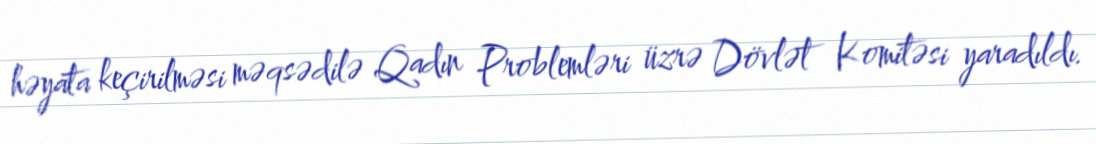
həyata keçirilməsi məqsədilə Qadın Problemləri üzrə Dövlət Komitəsi yaradıldı.